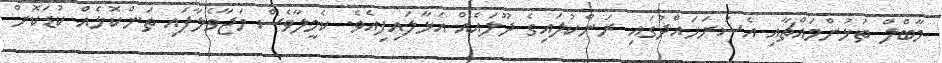
މާބްލް ތަޅުންމައްޗާއި އެސަރަހައްދުގައި ރަންކުލައިގެ ދޫލައެއް އަޅާލައިފިއެވެ. ކެމީލާވެސް މަޖާވެލާފައި ތަންކޮޅެއް ކުޑަކޮށް